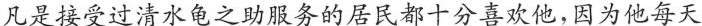
凡是接受过清水龟之助服务的居民都十分喜欢他，因为他每天